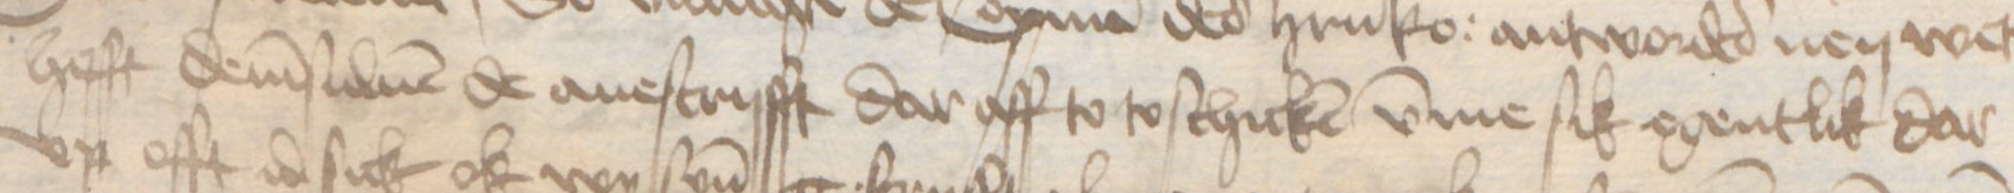
hefft demsuluen de auescrifft dar aff to to schicken vmme sik egentlik dar